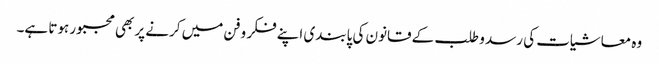
وہ معاشیات کی رسد و طلب کے قانون کی پابندی اپنے فکر و فن میں کرنے پر بھی مجبور ہوتا ہے۔